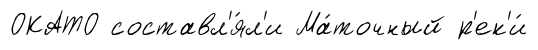
ОКАТО составл'я́л'и Ма́точный р'ек'и́